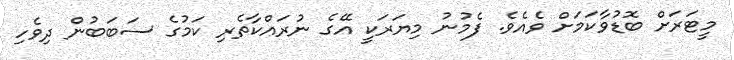
މީޓަރަށް ބޮޑުވާކަމަށް ވެއެވެ. ފެމުނު މިޔަރަކީ އޭގެ ނުރައްކާތެރި ކަމުގެ ސަބަބުން ދިވެހި